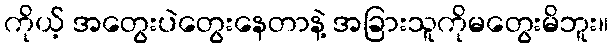
ကိုယ့် အတွေးပဲတွေးနေတာနဲ့ အခြားသူကိုမတွေးမိဘူး။